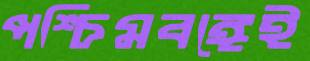
পশ্চিমবঙ্গেই